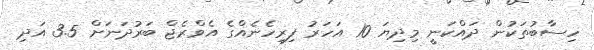
ހިސާބުތަކުން ދައްކަނީ މިދިޔަ 10 އަހަރު ފިރިހެނެއްގެ އެވްރެޖް ބަރުދަނަށް 3.5 އަދި